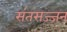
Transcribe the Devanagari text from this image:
संतसज्जन